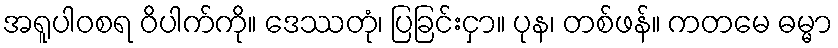
အရူပါဝစရ ဝိပါက်ကို။ ဒေဿတုံ၊ ပြခြင်းငှာ။ ပုန၊ တစ်ဖန်။ ကတမေ ဓမ္မာ